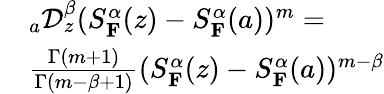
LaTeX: \begin{array}{rl}&{_{a}\mathcal{D}_{z}^{\beta}(S_{\mathbf{F}}^{\alpha}(z)-S_{\mathbf{F}}^{\alpha}(a))^{m}=}\\ &{\frac{\Gamma(m+1)}{\Gamma(m-\beta+1)}(S_{\mathbf{F}}^{\alpha}(z)-S_{\mathbf{F}}^{\alpha}(a))^{m-\beta}}\end{array}